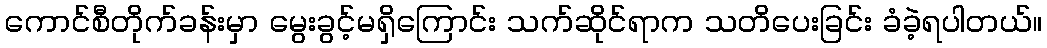
ကောင်စီတိုက်ခန်းမှာ မွေးခွင့်မရှိကြောင်း သက်ဆိုင်ရာက သတိပေးခြင်း ခံခဲ့ရပါတယ်။